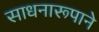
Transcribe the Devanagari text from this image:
साधनारूपाने